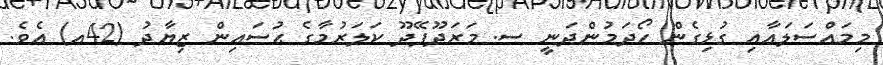
މިމައްސަލައާއި ގުޅިގެން ހޯދަމުންދަނީ ސ. މަރަދޫފޭދޫ ކަލަރުމާގެ ޙުސައިން ޒިޔާދު (42އ) އެވެ.